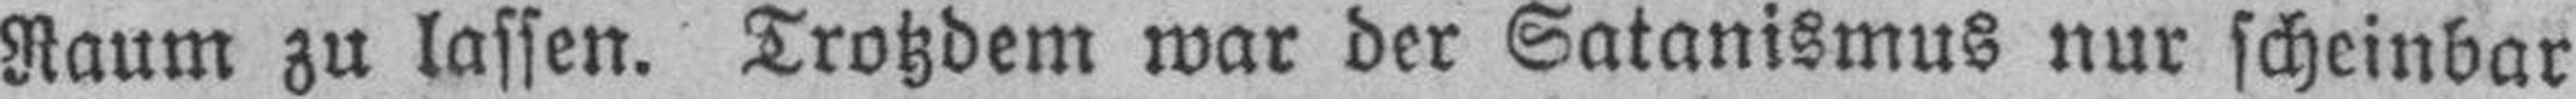
Raum zu lassen. Trotzdem war der Satanismus nur scheinbar